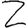
Digit: 2